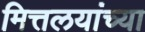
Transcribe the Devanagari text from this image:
मित्तलयांच्या